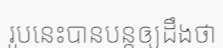
រូបនេះបានបន្តឲ្យដឹងថា